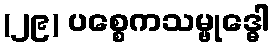
(၂၉) ပစ္စေကသမ္ဗုဒ္ဓေါ